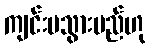
ကျင်းပသွားမည်ဟု